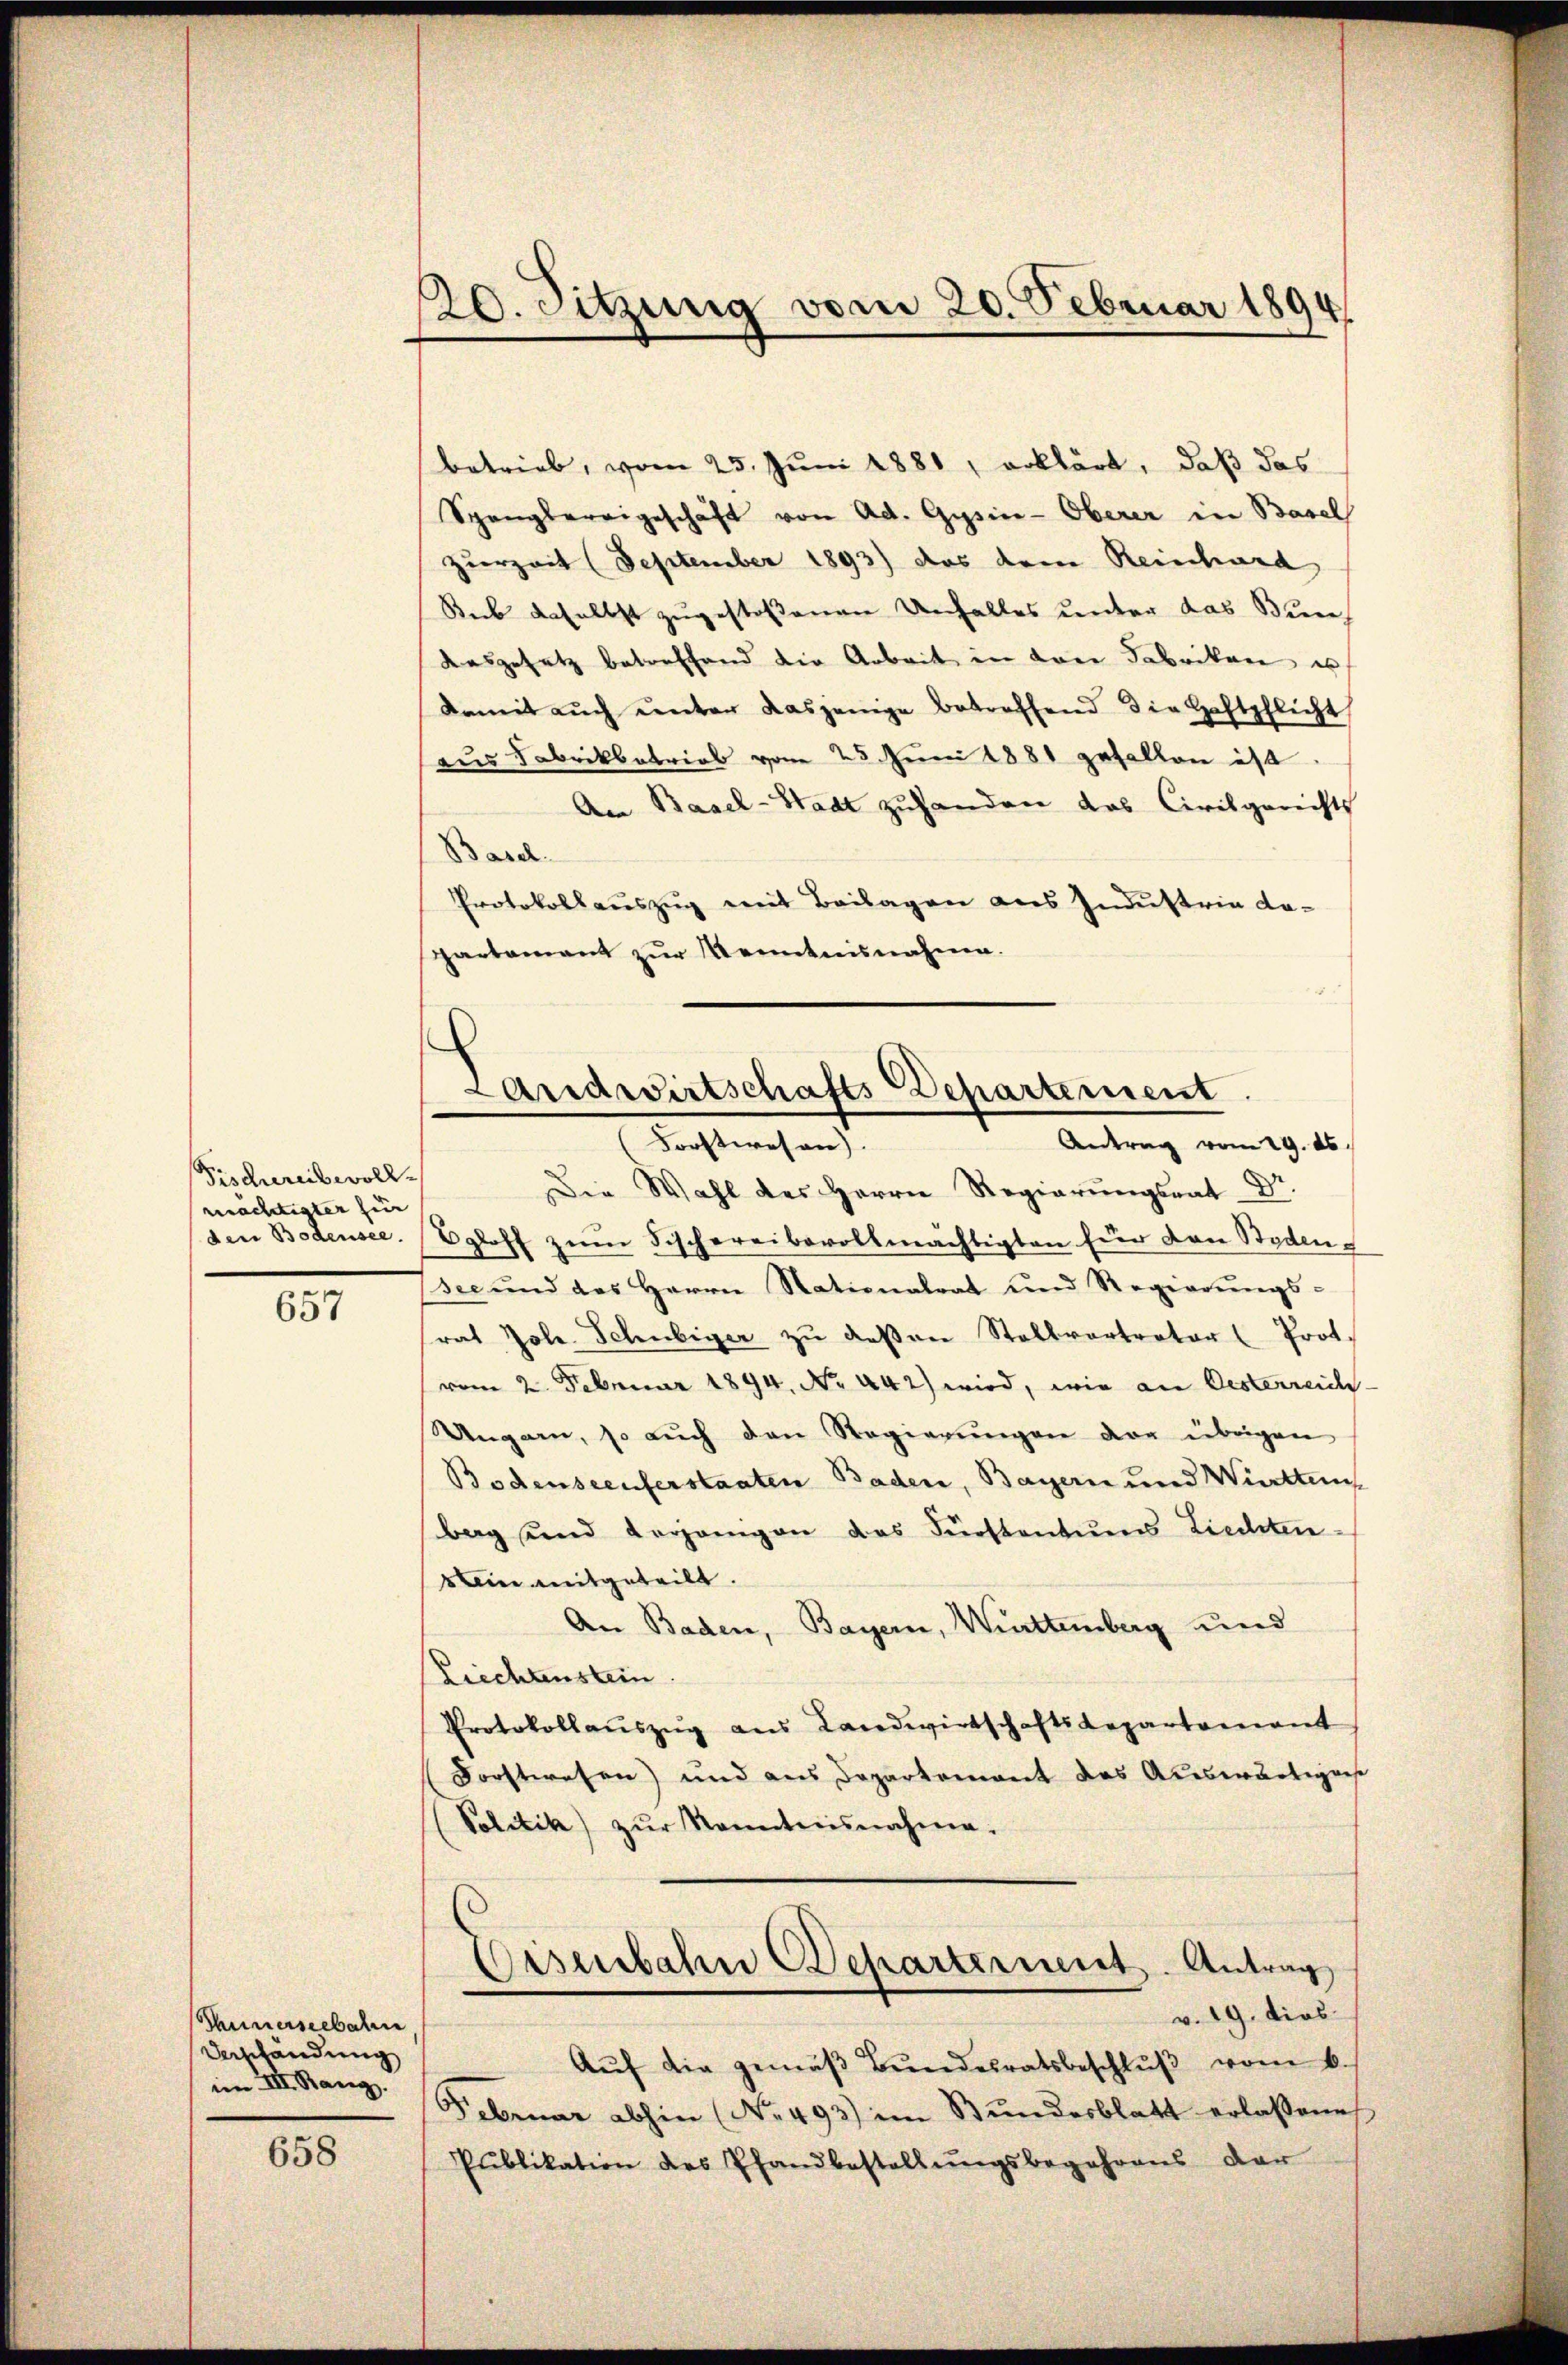
Fischreibwoll
mächtigter für
den Bodensee.

657

Thunerseebahn
Verschendung
im III. Rang.

658

20. Sitzung vom 20. Februar 1894

betrieb, vom 25. Juni 1881, erklärt, daß das
Spanglereigeschäft von Ad. Gysin-Oberer in Basel
zurzeit (September 1893) das dem Reinhard
Sick daselbst zugestoßenen Unfalles unter das Bun
Ausgesetz betreffend die Arbeit in drei Fabrikon un
damit auch unter dasjenige betreffend die Haftpflicht
aus Fabrikbetrieb vom 25. Juni 1881 gefallen ist.
An Basel-Stadt zuhanden das Civilgerichts
Basel.
Protokollauszug mit Beilagen aus Industria do-
partamant zur Kenntnisnahme.

Landwirtschafts-Departement.
Antrag vom 19. ds.
Forstwesen).

Die Wahl des Herrn Regierŭngsrat Dr.
Egloff zŭm Fischereibevollmächtigten für von Boden
see und das Herrn Nationalrat und Regierŭngs-
rat Jole. Schubiger zŭ deβen Stallvertrator Prot.
vom 2. Februar 1894. No. 442) wird, wie an Oesterreich.
Ungarn, so auch den Regierŭngen der übrigen
Bodenseeuferstaaten Baden, Bayern und Württem
berg und vorangen das Fürstentums Liechten
in mitgeteilt.
An Baden, Bayern, Württemberg und
Riechtenstein
Protokollaŭszŭg ans Landwirtschaftsdepartement
Forstwesen) und aus Departement des Auswärtigens
(Politik) zŭr Kenntnisnahme.
Eisenbahn Departement. Antrag
v. 19. dies
Aŭf die gemäβ Bŭndesratsbeschlŭβ vom 6./
Februar abhin (No. 493) im Stŭndesblatt erlassene
Publikation des Pfandbestellŭngsbegehrens dar